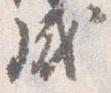
成